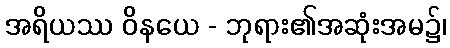
အရိယဿ ဝိနယေ - ဘုရား၏အဆုံးအမ၌၊